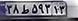
۳۸ط۵۹۳۱۳